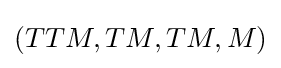
(TTM,TM,TM,M)